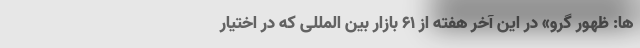
ها: ظهور گرو» در این آخر هفته از ۶۱ بازار بین المللی که در اختیار